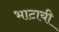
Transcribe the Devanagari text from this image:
भाटायी